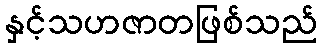
နှင့်သဟဇာတဖြစ်သည်